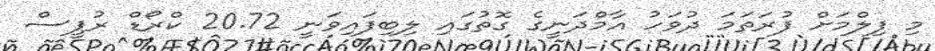
މި ފިލްމަށް ފުރަތަމަ ދުވަހު އާމްދަނީގެ ގޮތުގައި ލިބިފައިވަނީ 20.72 ކްރޯޑް ރުޕީސް